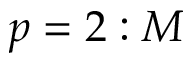
p = 2 : M